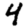
Digit: 4